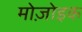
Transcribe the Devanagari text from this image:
मोज़ोइक